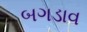
બગડાવ